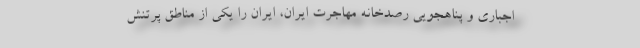
اجباری و پناهجویی رصدخانه مهاجرت ایران، ایران را یکی از مناطق پرتنش